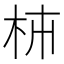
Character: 枾